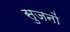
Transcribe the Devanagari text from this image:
सुजनों